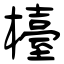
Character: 檯